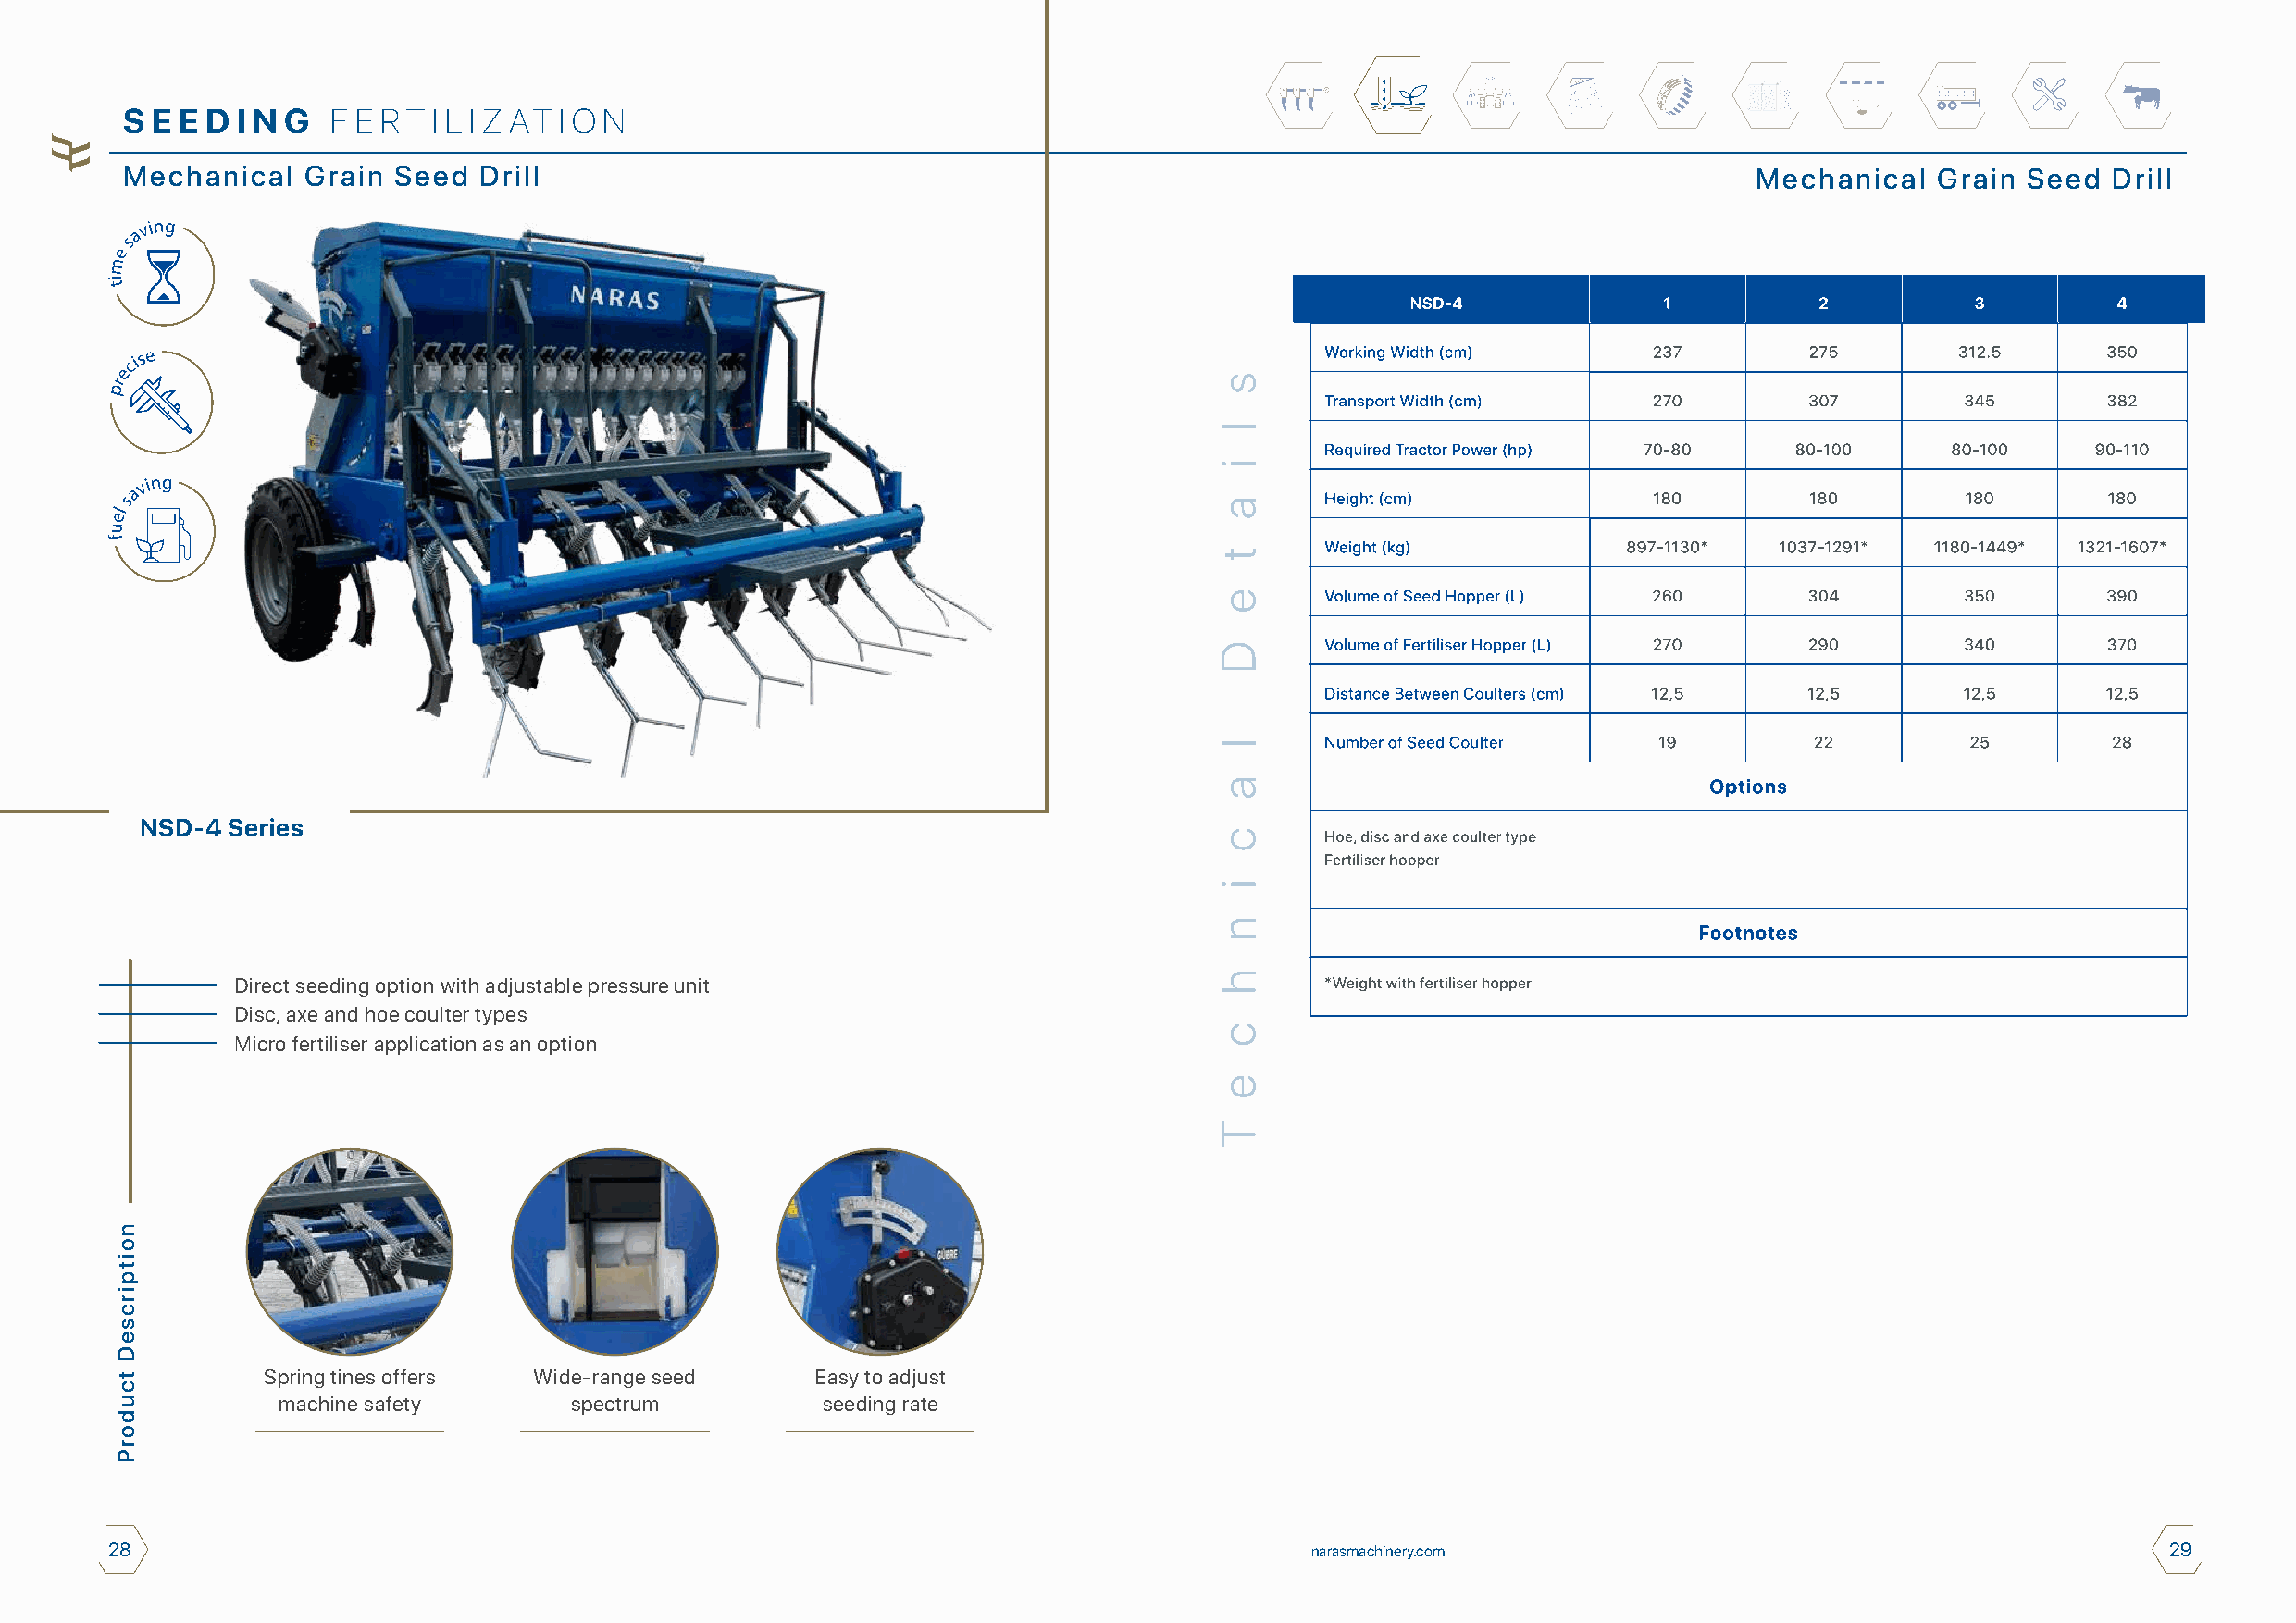
S E E D I N G  F E R T I L I Z AT I O N
 Mechanical   Grain Seed  Drill                                                                                       Mechanical   Grain Seed  Drill
 NSD-4 Series
 Direct seeding option with adjustable pressure unit
 Disc, axe and hoe coulter types
 Micro fertiliser application as an option
 Spring tines offers Wide-range seed    Easy to adjust
 machine safety       spectrum          seeding rate
 28                                                                                    narasmachinery.com                                           29
 noitpircseD
 tcudorP
 s
 l
 i
 a
 t
 e
 D
 l
 a
 c
 i
 n
 h
 c
 e
 T